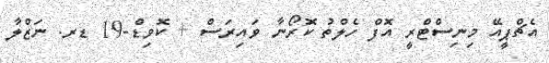
އެޗްޕީއޭ މިނިސްޓްރީ އޮފް ހެލްތު ކޮރޯނާ ވައިރަސް + ކޮވިޑް-19 ޑރ. ނަޒްލާ